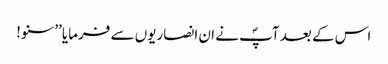
اس کے بعد آپؐ نے ان انصاریوں سے فرمایا’’سنو!